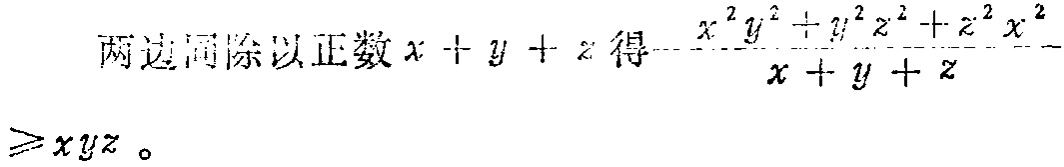
两边同除以正数\(x + y + z\)得\(\frac{x^{2}y^{2}+y^{2}z^{2}+z^{2}x^{2}}{x + y + z}\geqslant xyz\)。